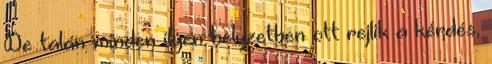
De talán minden ilyen helyzetben ott rejlik a kérdés,